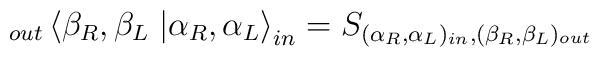
\displaystyle _{out}\left\langle \beta _{R},\beta _{L}\right. \left| \alpha _{R},\alpha _{L}\right\rangle _{in}=S_{(\alpha _{R},\alpha _{L})_{in},(\beta _{R},\beta _{L})_{out}}